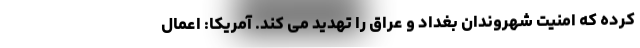
کرده که امنیت شهروندان بغداد و عراق را تهدید می کند. آمریکا: اعمال